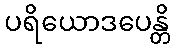
ပရိယောဒပေန္တိ